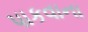
પાકવાના